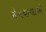
રોગચાળાએ